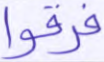
فرقوا